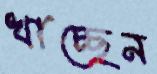
খাচ্ছেন